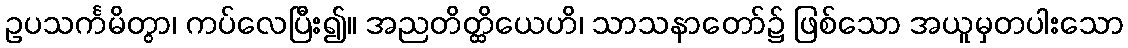
ဥပသင်္ကမိတွာ၊ ကပ်လေပြီး၍။ အညတိတ္ထိယေဟိ၊ သာသနာတော်၌ ဖြစ်သော အယူမှတပါးသော